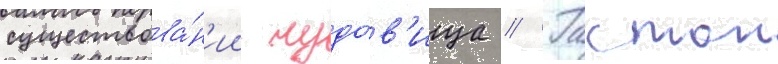
существова́н'ии чудо́в'ища // Гастон